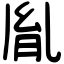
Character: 胤